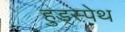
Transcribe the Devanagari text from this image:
हुड्स्पेथ